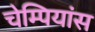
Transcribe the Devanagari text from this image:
चेम्पियांस